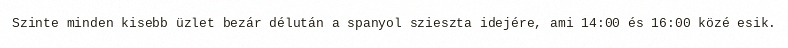
Szinte minden kisebb üzlet bezár délután a spanyol szieszta idejére, ami 14:00 és 16:00 közé esik.